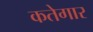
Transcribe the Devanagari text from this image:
कतेगार